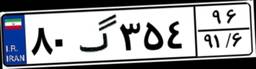
۸۰گ۳۵۴۹۶